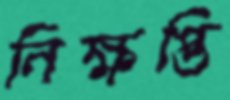
নিক্ষপ্তি